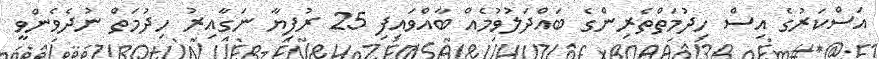
އަސްކަރުގެ އިސް ހިދުމަތްތެރިންގެ ބައްދަލުވުމެއް ބާއްވައިފި 25 ރުފިޔާ ނަގާއިރު ހިދުމަތް ނުދެވެންވީ